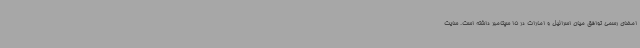
امضای رسمی توافق میان اسرائیل و امارات در 15 سپتامبر داشته است. سایت